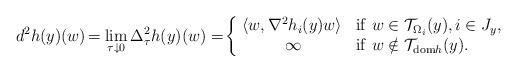
\begin{align*} d^2h(y)(w)\!=\lim_{\tau\downarrow 0}\Delta_{\tau}^2h(y)(w)=\!\left\{\begin{array}{cl} \!\langle w,\nabla^2 h_{i}(y)w\rangle &{\rm if}\ w\in \mathcal{T}_{\Omega_i}(y),i\in J_{y},\\ \infty & {\rm if}\ w\notin \mathcal{T}_{{\rm dom}h}(y). \end{array}\right. \end{align*}